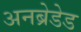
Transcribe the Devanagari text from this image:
अनब्रेडेड